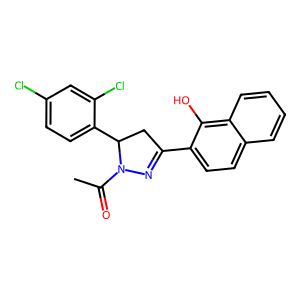
SMILES: CC(=O)N1N=C(c2ccc3ccccc3c2O)CC1c1ccc(Cl)cc1Cl
Inhibits HIV replication: No